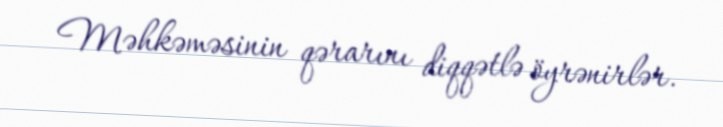
Məhkəməsinin qərarını diqqətlə öyrənirlər.